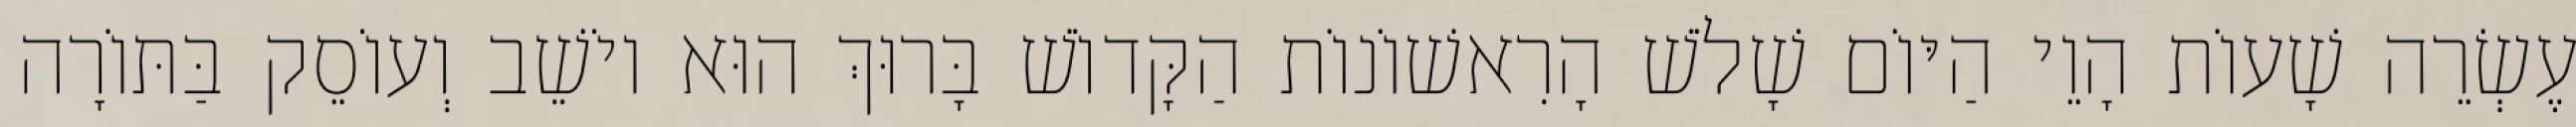
עֶשְׂרֵה שָׁעוֹת הָוֵי הַיּוֹם שָׁלֹשׁ הָרִאשׁוֹנוֹת הַקָּדוֹשׁ בָּרוּךְ הוּא יוֹשֵׁב וְעוֹסֵק בַּתּוֹרָה